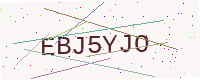
Text: EBJ5YJO